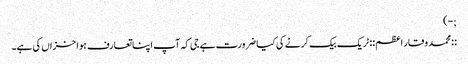
;-)
::محمد وقار اعظم:: ٹریک بیک کرنے کی کیا ضرورت ہے جی کہ آپ اپنا تعارف ہوا خزاں کی ہے۔